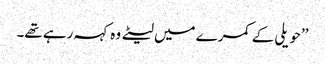
’’حویلی کے کمرے میں لیٹے وہ کہہ رہے تھے۔